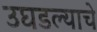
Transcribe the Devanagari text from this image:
उघडल्‍याचे